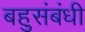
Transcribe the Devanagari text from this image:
बहुसंबंधी